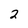
Character: 2